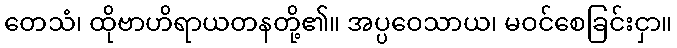
တေသံ၊ ထိုဗာဟိရာယတနတို့၏။ အပ္ပဝေသာယ၊ မဝင်စေခြင်းငှာ။